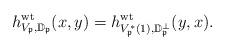
LaTeX: \begin{align*}h^{\mathrm{wt}}_{V_{\frak p},\mathbb D_{\frak p}}(x,y)= h^{\mathrm{wt}}_{V_{\frak p}^*(1),\mathbb D_{\frak p}^{\perp}}(y,x).\end{align*}